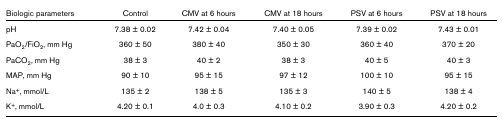
| Biologic parameters | Control | CMV at 6 hours | CMV at 18 hours | PSV at 6 hours | PSV at 18 hours |
 | --- | --- | --- | --- | --- | --- |
 | pH | 7.38 ± 0.02 | 7.42 ± 0.04 | 7.40 ± 0.05 | 7.39 ± 0.02 | 7.43 ± 0.01 |
 | PaO2/FiO2, mm Hg | 360 ± 50 | 380 ± 40 | 350 ± 30 | 360 ± 40 | 370 ± 20 |
 | PaCO2, mm Hg | 38 ± 3 | 40 ± 2 | 38 ± 3 | 40 ± 5 | 40 ± 3 |
 | MAP, mm Hg | 90 ± 10 | 95 ± 15 | 97 ± 12 | 100 ± 10 | 95 ± 15 |
 | Na+, mmol/L | 135 ± 2 | 138 ± 5 | 135 ± 3 | 140 ± 5 | 138 ± 4 |
 | K+, mmol/L | 4.20 ± 0.1 | 4.0 ± 0.3 | 4.10 ± 0.2 | 3.90 ± 0.3 | 4.20 ± 0.2 |